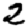
Digit: 2